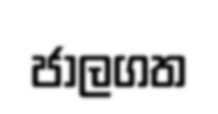
ජාලගත